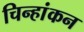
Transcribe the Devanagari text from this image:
चिन्हांकन